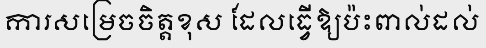
ការសម្រេចចិត្តខុស ដែលធ្វើឱ្យប៉ះពាល់ដល់